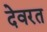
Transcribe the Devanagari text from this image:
देवरत